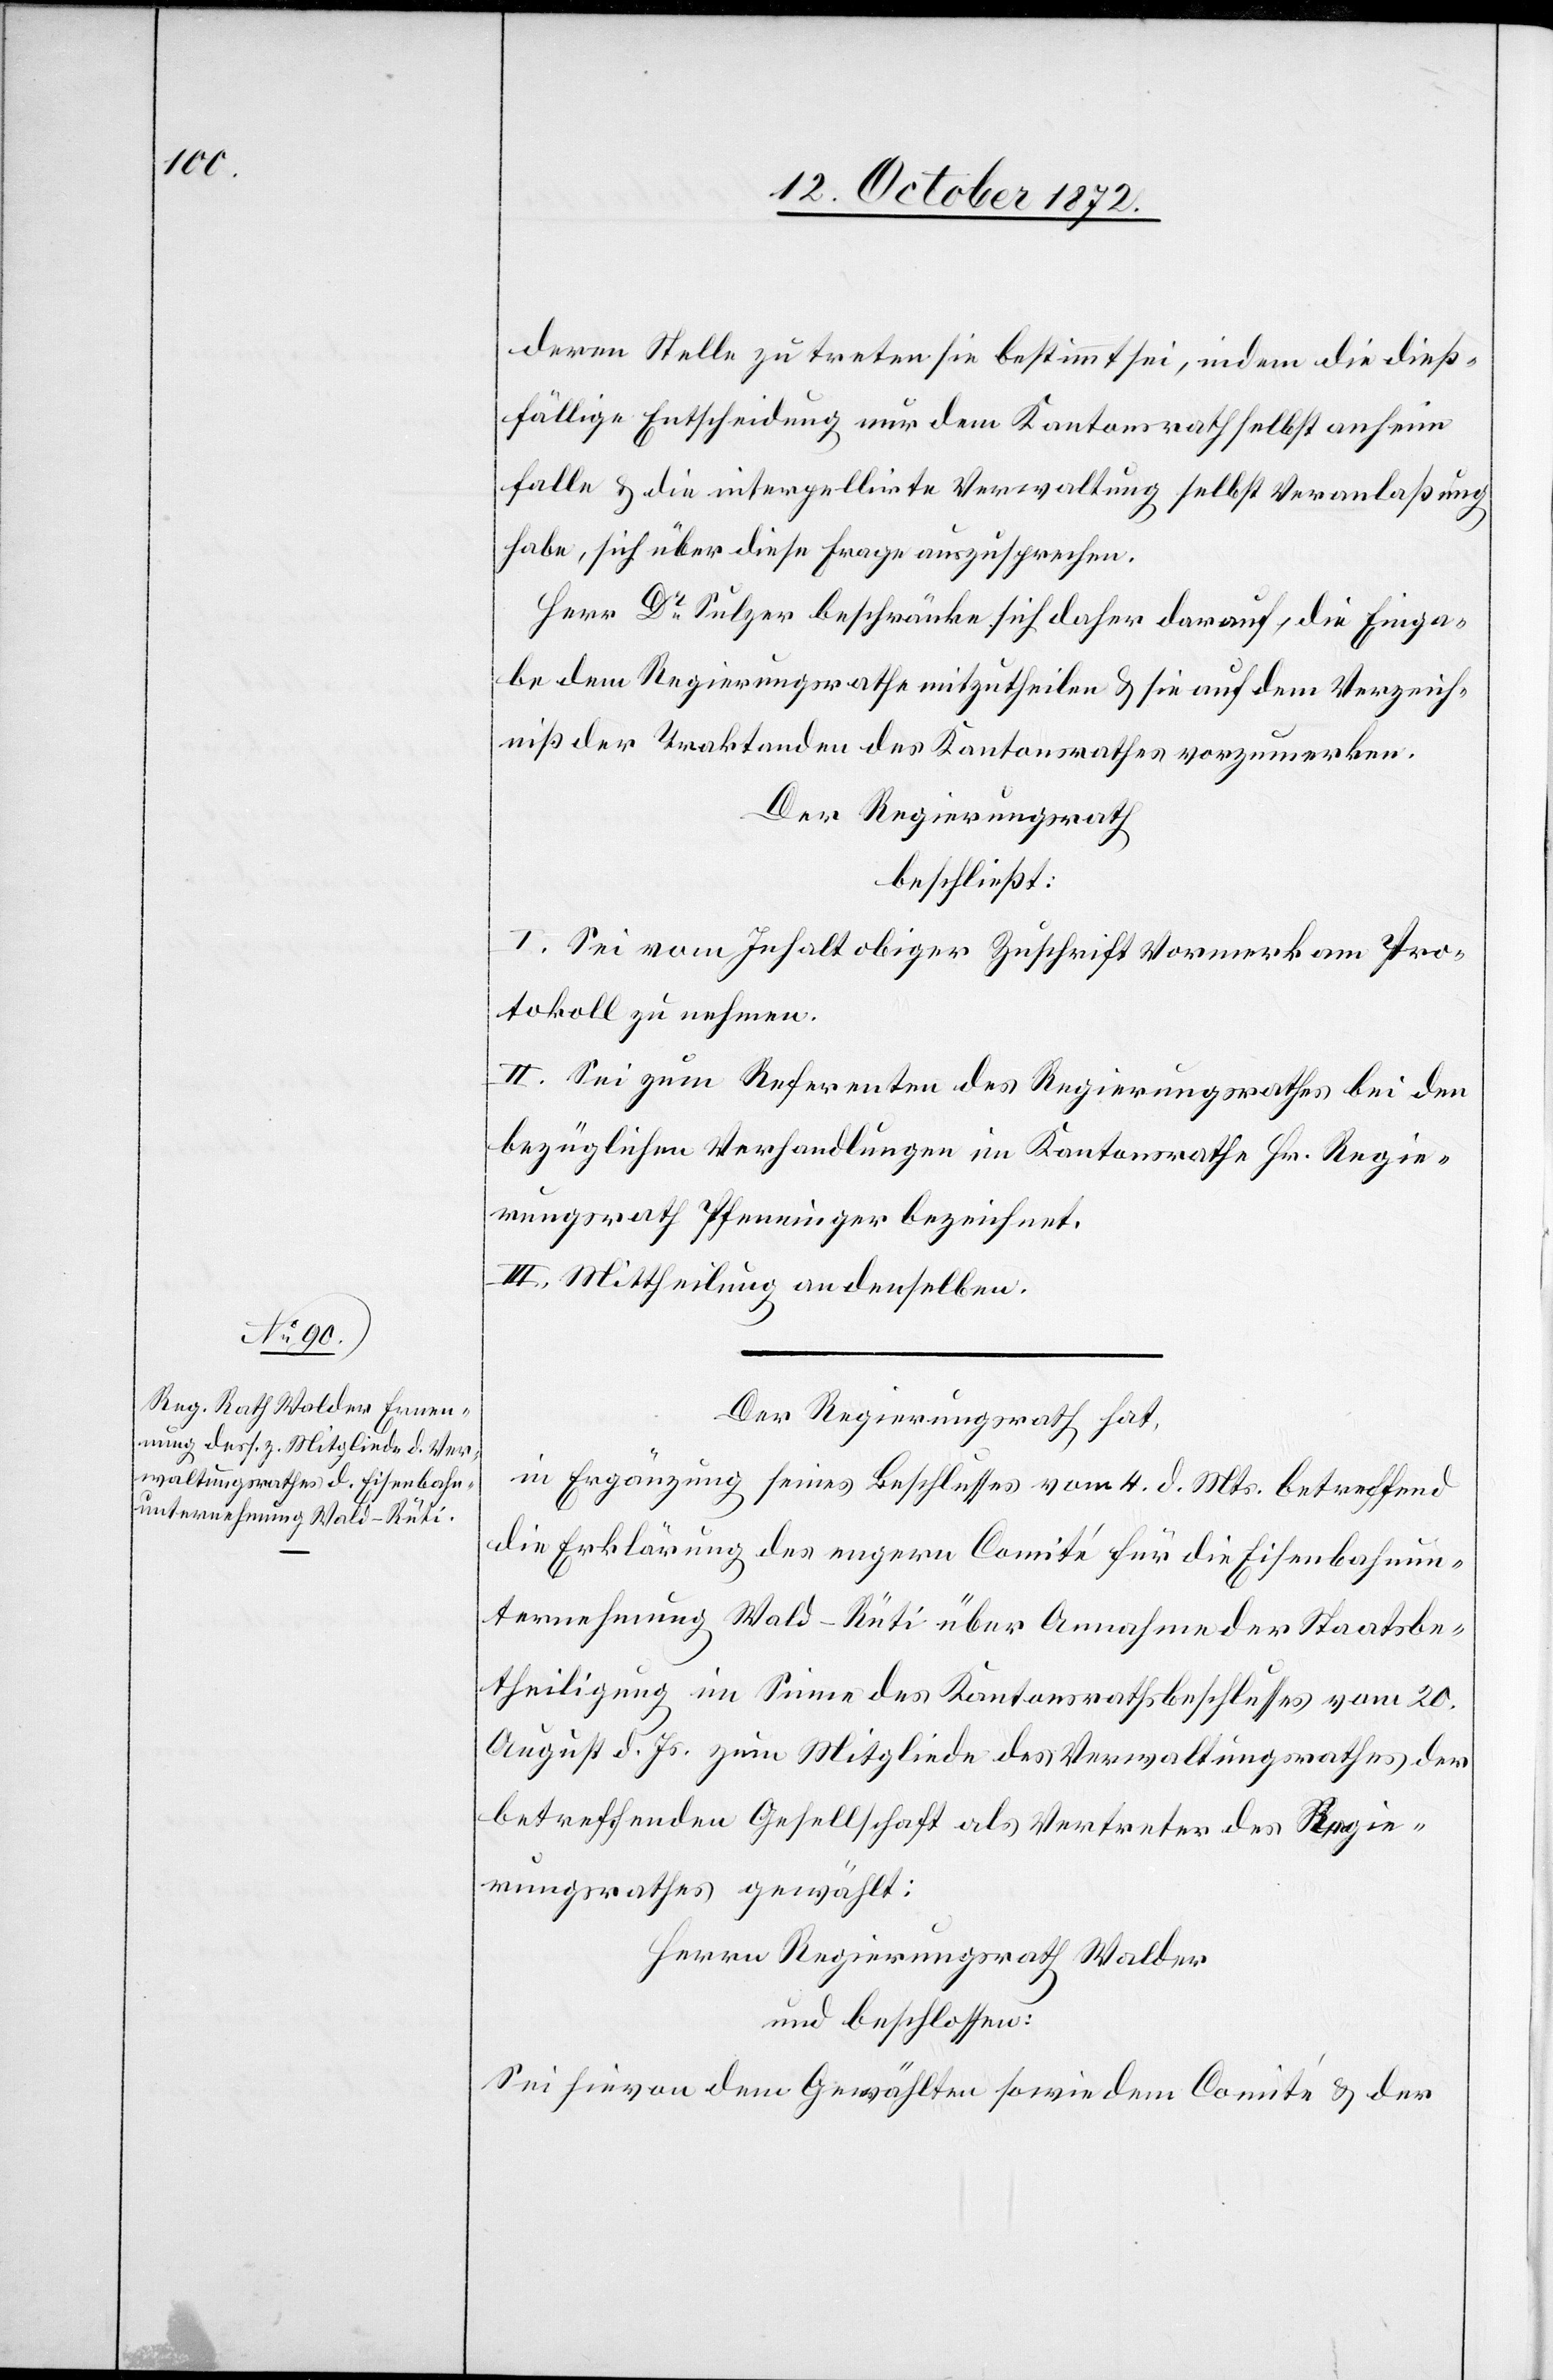
deren Stelle zu treten sie bestimmt sei, indem die dieß¬
fällige Entscheidung nur dem Kantonsrath selbst anheim
falle u. die interpellirte Verwaltung selbst Veranlaßung
habe, sich über diese Frage auszusprechen.
Herr Dr Sulzer beschränke sich daher darauf, die Einga¬
be dem Regierungsrathe mitzutheilen u. sie auf dem Verzeich¬
niß der Traktanden des Kantonsrathes vorzumerken.
Der Regierungsrath
beschließt:
I. Sei vom Inhalt obiger Zuschrift Vormerk am Pro¬
tokoll zu nehmen.
II. Sei zum Referenten des Regierungsrathes bei den
bezüglichen Verhandlungen im Kantonsrathe Hr. Regie¬
rungsrath Pfenninger bezeichnet.
III. Mittheilung an denselben.
Der Regierungsrath hat,
in Ergänzung seines Beschlusses vom 4. d. Mts. betreffend
die Erklärung des engern Comité für die Eisenbahnun¬
ternehmung Wald–Rüti über Annahme der Staatsbe¬
theiligung im Sinne des Kantonsrathsbeschlusses vom 20.
August d. Js. zum Mitgliede des Verwaltungsrathes der
betreffenden Gesellschaft als Vertreter des Regie¬
rungsrathes gewählt:
Herrn Regierungsrath Walder
und beschlossen:
Sei hievon dem Gewählten sowie dem Comité u. der